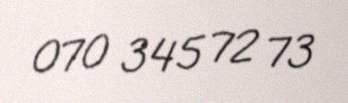
070 345 72 73